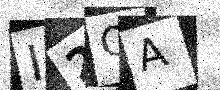
Text: I2QA